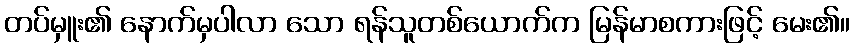
တပ်မှူး၏ နောက်မှပါလာ သော ရန်သူတစ်ယောက်က မြန်မာစကားဖြင့် မေး၏။